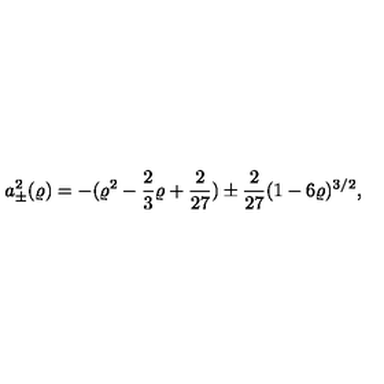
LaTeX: a _ { \pm } ^ { 2 } ( \varrho ) = - ( \varrho ^ { 2 } - \frac 2 3 \varrho + \frac { 2 } { 2 7 } ) \pm \frac { 2 } { 2 7 } ( 1 - 6 \varrho ) ^ { 3 / 2 } ,